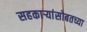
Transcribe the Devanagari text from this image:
सहकार्‍यांसोबतच्या